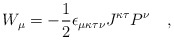
\begin{align*}W_\mu = -{1\over 2} \epsilon_{\mu\kappa\tau\nu} J^{\kappa\tau} P^\nu \quad,\end{align*}